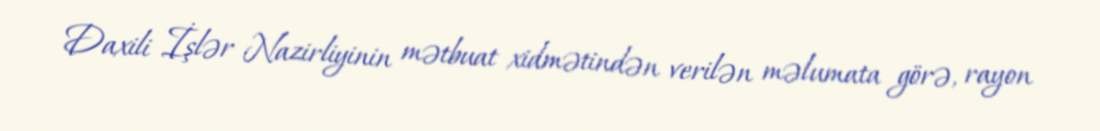
Daxili İşlər Nazirliyinin mətbuat xidmətindən verilən məlumata görə, rayon